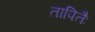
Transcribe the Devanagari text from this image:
तापितैः